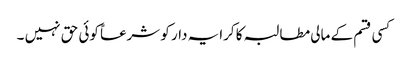
کسی قسم کے مالی مطالبہ کا کرایہ دار کو شرعاً کوئی حق نہیں ۔